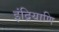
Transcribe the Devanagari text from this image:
इंद्रियाणि